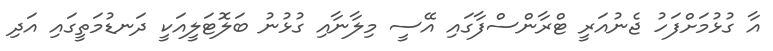
އާ ގުޅުމަށްފަހު ޖެނުއަރީ ޓްރާންސްފާގައި އޭސީ މިލާނާއި ގުޅުނު ބަލޮޓަލީއަކީ ދަނޑުމަތީގައި އަދި